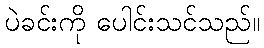
ပဲခင်းကို ပေါင်းသင်သည်။